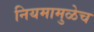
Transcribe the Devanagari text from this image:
नियमामुळेच